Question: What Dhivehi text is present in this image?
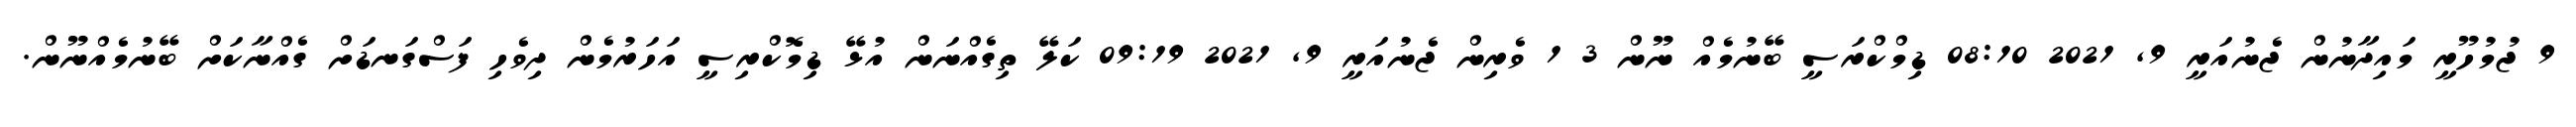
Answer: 9 ޖުމުހޫރީ މައިދާނުން ޖެނުއަރީ 9, 2021 08:10 ޑިމްކްރަސީ ބޭނުމެއް ނޫން 3 1 ވެރިން ޖެނުއަރީ 9, 2021 09:19 ކަލޭ ތިގެއްނަން އުޅޭ ޑިމޮކްރިސީ އަހަރުމެން ދިވެހި ފަސްގަނޑަށް ގެއްނާކަށް ބޭނުމެއްނޫން.